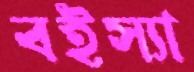
বইস্যা